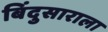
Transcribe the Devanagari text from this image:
बिंदुसाराला